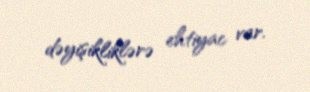
dəyişikliklərə ehtiyac var.